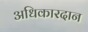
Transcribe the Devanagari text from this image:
अधिकारदान